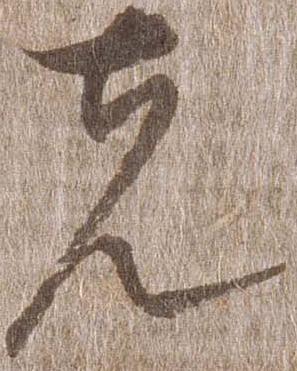
先